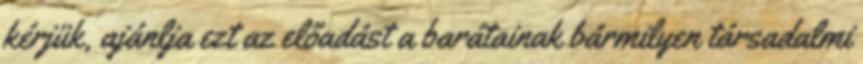
kérjük, ajánlja ezt az előadást a barátainak bármilyen társadalmi